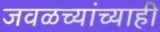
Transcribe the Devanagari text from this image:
जवळच्यांच्याही